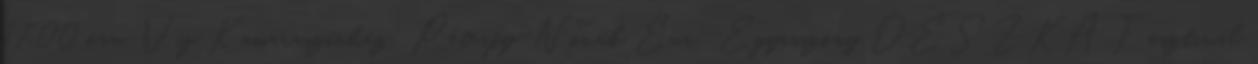
17.00 óra, Víg Kamaraszínház: Péterfy-Novák Éva: Egyasszony DESZKA Fesztivál